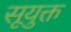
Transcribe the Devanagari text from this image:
सूयुक्त